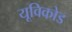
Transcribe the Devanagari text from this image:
यूविकोड